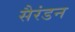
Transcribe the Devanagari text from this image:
सैरंडन